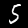
Label: 5